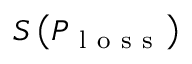
S \left( P _ { \mathrm { ~ l ~ o ~ s ~ s ~ } } \right)